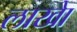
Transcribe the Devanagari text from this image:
लाखेा